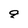
Character: 9